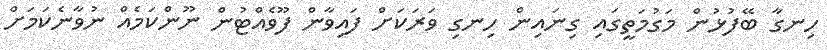
ހިނގާ ބޭފުޅުން މަގުމަތީގައި ގިނައިން ހިނގި ވަރަކަށް ފައިވާން ފޫވެއްޓުން ނޫންކަމެއް ނުވާނެކަމަށް